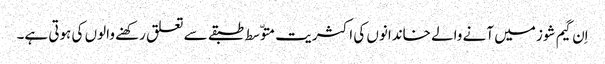
اِن گیم شوز میں آنے والے خاندانوں کی اکثریت متوّسط طبقے سے تعلق رکھنے والوں کی ہوتی ہے۔